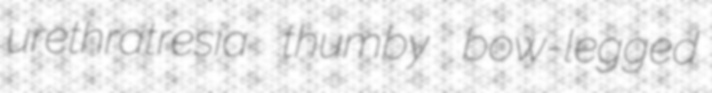
urethratresia thumby bow-legged